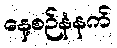
နေ့စဉ်နံနက်